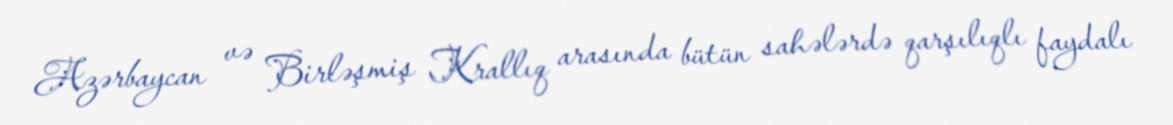
Azərbaycan və Birləşmiş Krallıq arasında bütün sahələrdə qarşılıqlı faydalı